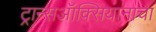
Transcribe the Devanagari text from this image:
ट्रान्सऑक्सियानाचा